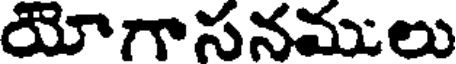
యోగాసనములు